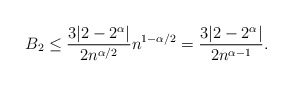
\begin{align*}B_2 \leq \frac{3|2-2^\alpha|}{2n^{\alpha/2}}n^{1-\alpha/2} = \frac{3|2-2^\alpha|}{2n^{\alpha-1}}.\end{align*}